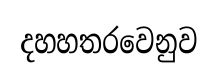
දහහතරවෙනුව